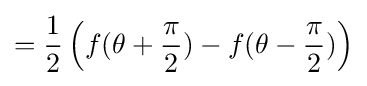
={\frac {1}{2}}\left(f(\theta +{\frac {\pi }{2}})-f(\theta -{\frac {\pi }{2}})\right)